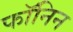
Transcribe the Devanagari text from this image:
फॉनिन